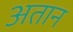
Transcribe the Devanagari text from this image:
अतान